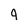
Character: 9